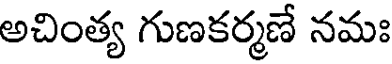
అచింత్య గుణకర్మణే నమః